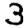
Digit: 3